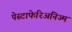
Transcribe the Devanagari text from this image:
पेस्टाफेरिअनिज्म